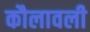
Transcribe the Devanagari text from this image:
कौलावली